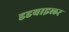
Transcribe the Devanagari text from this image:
डडवाइलर